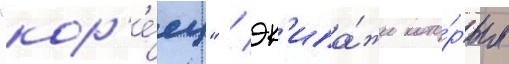
"кор'е́ец" / эк'ипа́жи кото́рых